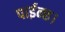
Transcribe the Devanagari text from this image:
पाईन्छ।